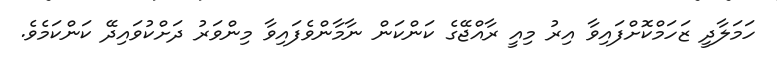
ހަމަލާދީ ޒަހަމްކޮށްފައިވާ އިރު މިއީ ރާއްޖޭގެ ކަންކަން ނާމާންވެފައިވާ މިންވަރު ދަށްކުވައިދޭ ކަންކަމެވެ.